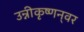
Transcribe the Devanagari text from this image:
उन्नीकृष्णन्‌वर